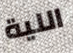
اللية